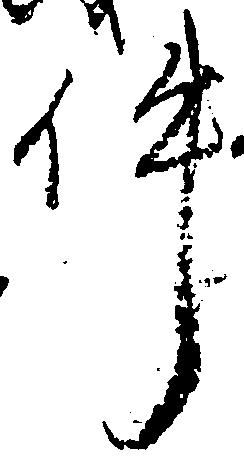
件